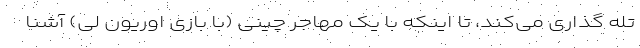
تله گذاری می‌کند، تا اینکه با یک مهاجر چینی (با بازی اوریون لی) آشنا